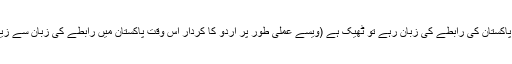
اردو اگر پاکستان کی رابطے کی زبان رہے تو ٹھیک ہے (ویسے عملی طور پر اردو کا کردار اس وقت پاکستان میں رابطے کی زبان سے زیادہ نہیں)۔